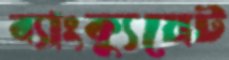
ব্যাংক্যুয়েট